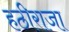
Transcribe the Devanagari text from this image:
हठीराजा